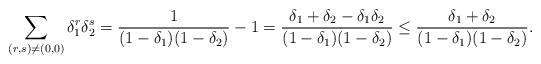
LaTeX: \begin{align*}\sum_{(r,s) \ne(0,0)} \delta_{1}^{r} \delta_{2}^{s} = \frac{1}{(1-\delta_{1})(1-\delta_{2})} -1 = \frac{\delta_{1}+\delta_{2} - \delta_{1}\delta_{2}}{(1-\delta_{1})(1-\delta_{2})} \leq\frac{\delta_{1}+\delta_{2}}{(1-\delta_{1})(1-\delta_{2})}.\end{align*}